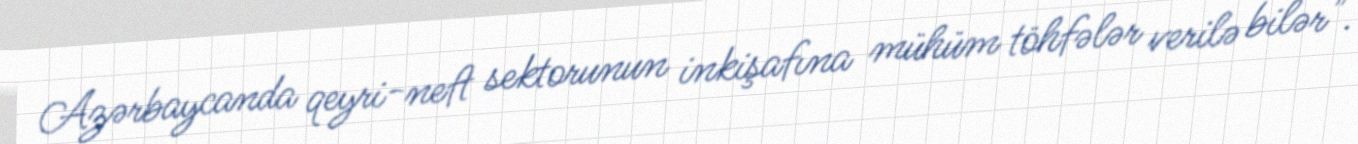
Azərbaycanda qeyri-neft sektorunun inkişafına mühüm töhfələr verilə bilər".